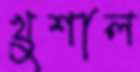
খুশাল